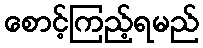
စောင့်ကြည့်ရမည်